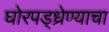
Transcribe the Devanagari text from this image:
घोरपड्ध्रेण्याचा